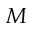
M